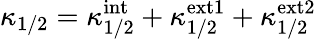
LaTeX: \kappa_{1/2}=\kappa_{1/2}^{\mathrm{int}}+\kappa_{1/2}^{\mathrm{ext1}}+\kappa_{1/2}^{\mathrm{ext2}}